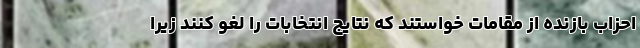
احزاب بازنده از مقامات خواستند که نتایج انتخابات را لغو کنند زیرا